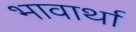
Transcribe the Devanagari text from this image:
भावार्था